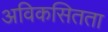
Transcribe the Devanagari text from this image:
अविकसितता